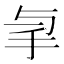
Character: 𢪓